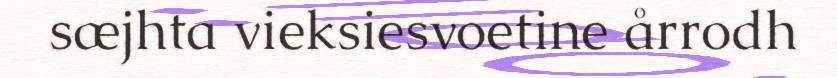
sæjhta vieksiesvoetine årrodh